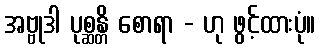
အဗ္ဗုဒါ ပုစ္ဆန္တိ စောရာ - ဟု ဖွင့်ထားပုံ။